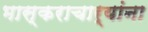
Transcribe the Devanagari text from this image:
भास्कराचार्यांना